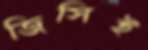
জিসিই